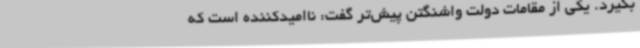
بگیرد. یکی از مقامات دولت واشنگتن پیش‌تر گفت: ناامیدکننده است که